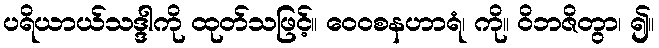
ပရိယာယ်သဒ္ဒါကို ထုတ်သဖြင့်။ ဝေဝစနဟာရံ၊ ကို။ ဝိဘဇိတွာ၊ ၍။